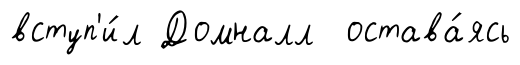
вступ'и́л Домналл остава́ясь